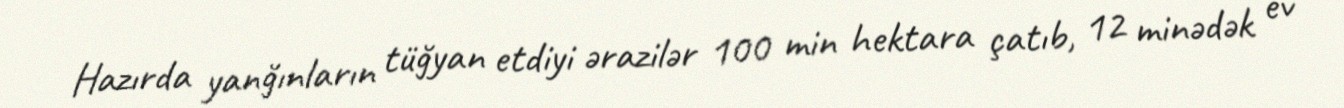
Hazırda yanğınların tüğyan etdiyi ərazilər 100 min hektara çatıb, 12 minədək ev